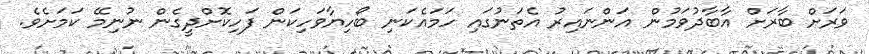
ވަރަށް ބާރަށް އާބާދުވަމުން އަންނައިރު އެތަނުގައި ހަމައެކަނި ބޯހިޔާވަހިކަން ފަހިކޮށްދީގެން ނުނިމޭ ކަމަށެވެ.